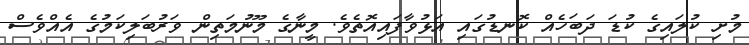
މުށި ކުލައިގެ ކުޑަ ދަބަހެއް ކޮނޑުގައި އަޅުވާފައިއޮތެވެ. މީނާގެ މޫނުމަތިން ވަރުބަލިކަމުގެ އެއްވެސް